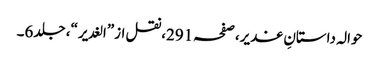
حوالہ داستانِ غدیر،صفحہ291،نقل از”الغدیر“، جلد6۔